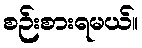
စဉ်းစားရမယ်။